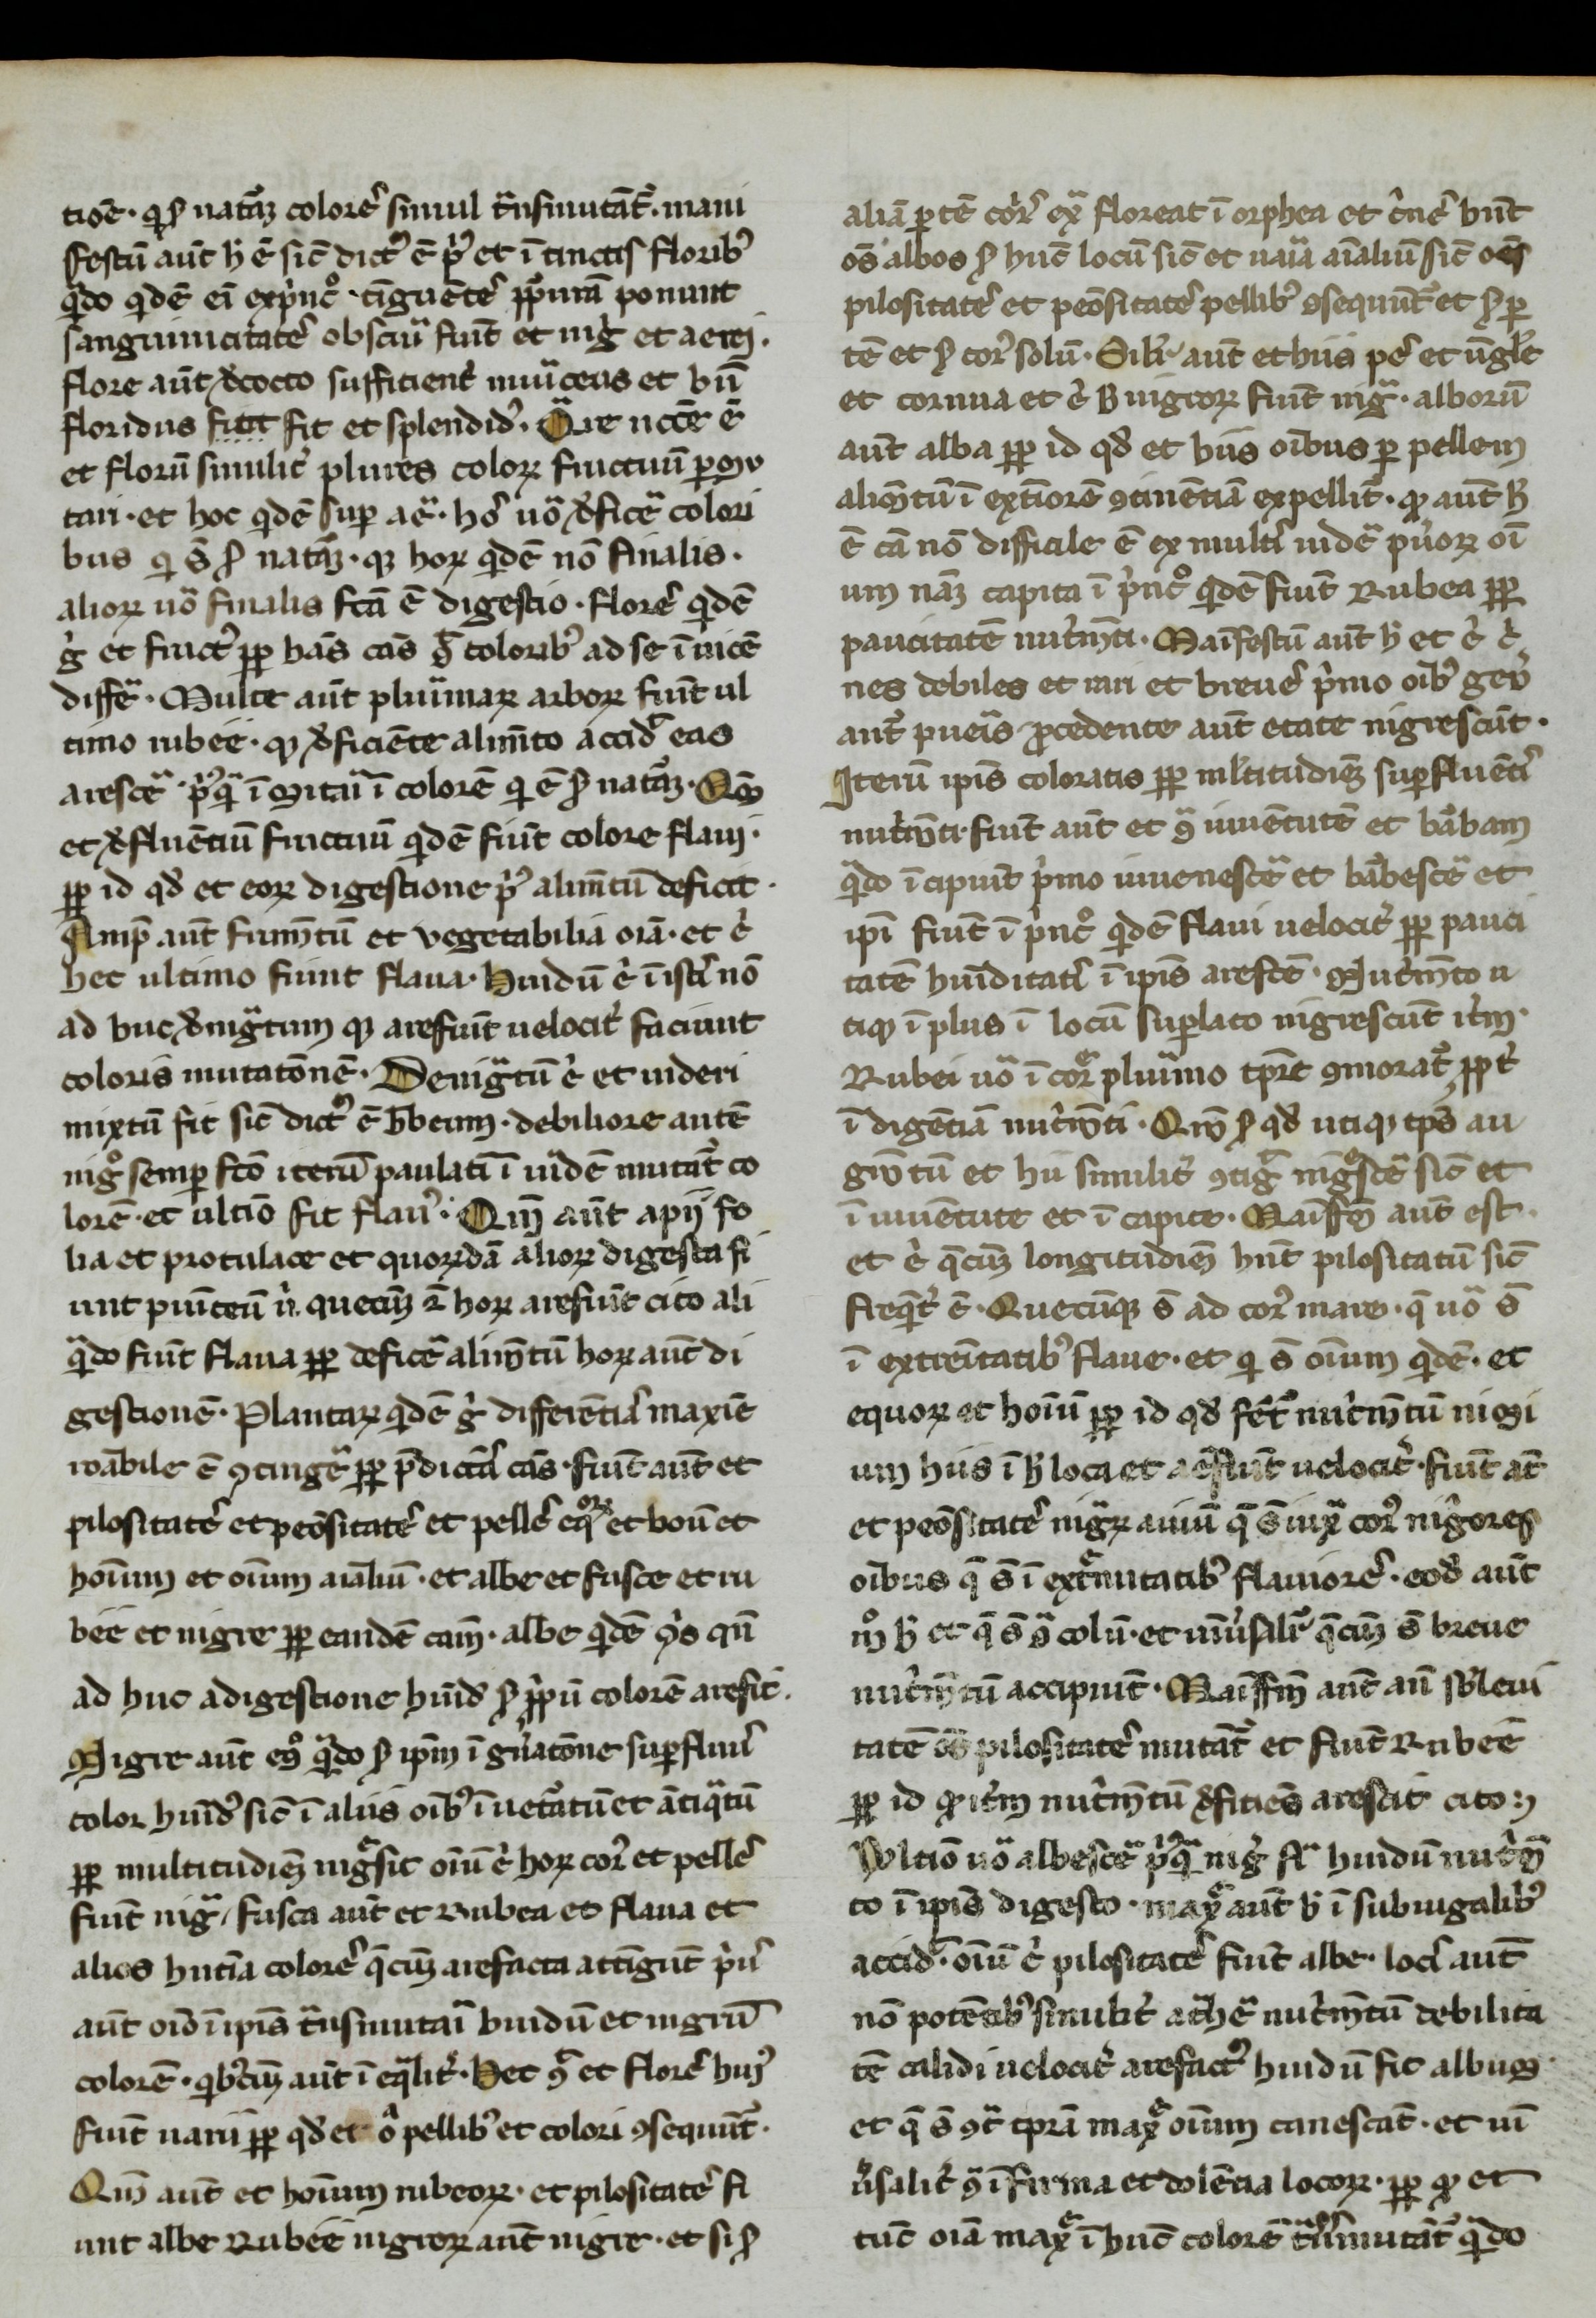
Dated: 1266–1299